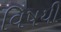
વિષયી